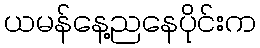
ယမန်နေ့ညနေပိုင်းက